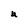
Character: U